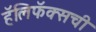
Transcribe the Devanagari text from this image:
हॅलिफॅक्सची